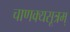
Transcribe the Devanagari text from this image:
चाणक्यसूत्रम्